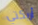
أريكتي